system: You are a helpful assistant.
user:
Analyze the provided spectrum to determine if it is a **Carbon Star (C-type)**.

- **Key Visual Indicators of Carbon Star:**
    - **(Primary):** Strong molecular absorption from **C₂ (diatomic carbon) "Swan Bands."** This is the **defining feature** of a carbon star.
        - **(Key Bandheads):** Sharp absorption edges are visible at approximately $5635$ Å, $5165$ Å (the strongest band), and $4737$ Å.
        - **(Line Profile):** Creates a distinct **"saw-tooth"** pattern. The key morphology is a sharp, steep bandhead on the **red (long-wavelength) side**, which then gradually tapers off (i.e., flux recovers) towards the **blue (short-wavelength) side**. *(This is the direct opposite of the TiO bands seen in M-type stars)*.

    - **(Secondary):** Intense **CN (cyanogen)** molecular absorption bands.
        - **(Key Bandheads):** Located in the blue and violet regions of the spectrum (e.g., near $4215$ Å and $3883$ Å).
        - **(Morphology):** These bands are extremely broad and act as a "blanket," absorbing the vast majority of blue and violet light. This creates a characteristic **"cliff"** or **"steep drop-off"** in the spectrum's flux at short wavelengths.

    - **(Key Confirmation):** Strong **CH absorption band (G-band)**.
        - **(Key Bandhead):** Located around $4300$ Å. The contribution from CH molecules to this band is exceptionally strong.

    - **(Overall Spectrum):**
        - The continuum is severely "chopped up" by these deep molecular bands, especially C₂, rather than appearing as a smooth curve.
        - Due to the heavy CN and C₂ absorption in the blue-green, the vast majority of the star's flux is concentrated in the red part of the spectrum, giving the star its characteristic deep red color.

Think first, call **spectral_visualization_tool** if needed to examine features in detail, then provide your final answer. Your response must adhere to the following strict rules:
1.  **Overall Structure:** Your response must follow the format `<think>...</think> <tool_call>...</tool_call> (if a tool is used) <answer>...</answer>`.
2.  **Tool Usage Constraint:** You may only make **one** tool call per turn.
3.  **Final Answer Format:** In the `<answer>` tag, your conclusion must be inside a `\boxed{}` command (e.g., `\boxed{YES}`), followed by your justification.

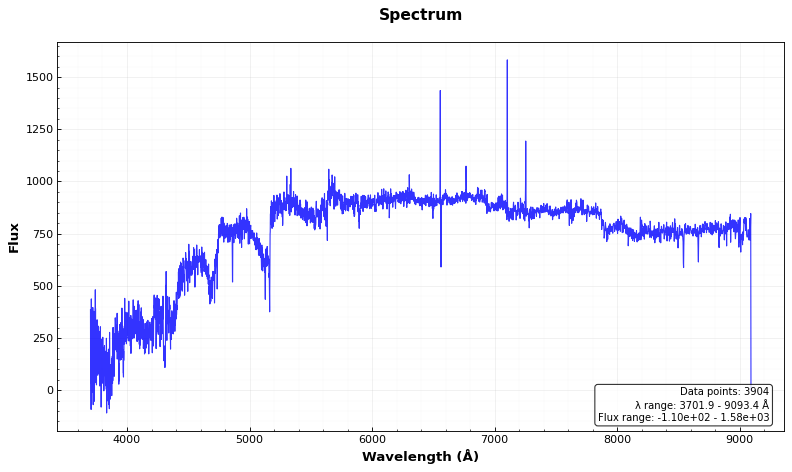
Answer: YES